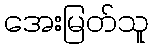
အေးမြတ်သူ